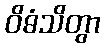
ဝိဓံသိတွာ